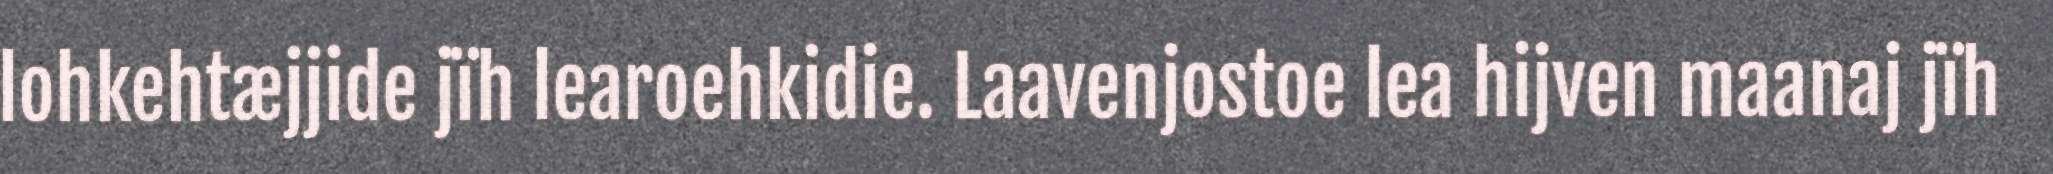
lohkehtæjjide jïh learoehkidie. Laavenjostoe lea hijven maanaj jïh